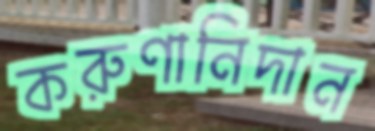
করুণানিদান